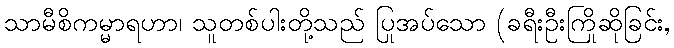
သာမီစိကမ္မာရဟာ၊ သူတစ်ပါးတို့သည် ပြုအပ်သော (ခရီးဦးကြိုဆိုခြင်း,